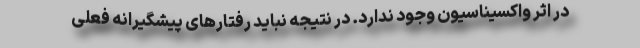
در اثر واکسیناسیون وجود ندارد. در نتیجه نباید رفتارهای پیشگیرانه فعلی